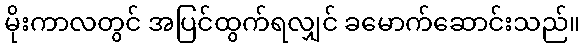
မိုးကာလတွင် အပြင်ထွက်ရလျှင် ခမောက်ဆောင်းသည်။